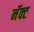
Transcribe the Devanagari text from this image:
नॅक्ट